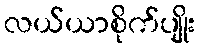
လယ်ယာစိုက်ပျိုး